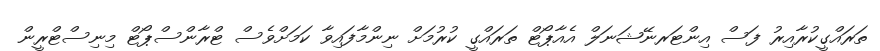
ތަރައްގީކުރާއިރު ފަސް އިންޓަރނޭޝަނަލް އެއާޕޯޓް ތަރައްގީ ކުރުމަށް ނިންމާފައިވާ ކަމަށްވެސް ޓްރާންސްޕޯޓް މިނިސްޓްރީން